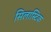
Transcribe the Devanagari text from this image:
सिलास्टिक